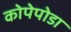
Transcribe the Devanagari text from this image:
कोपेपोडा